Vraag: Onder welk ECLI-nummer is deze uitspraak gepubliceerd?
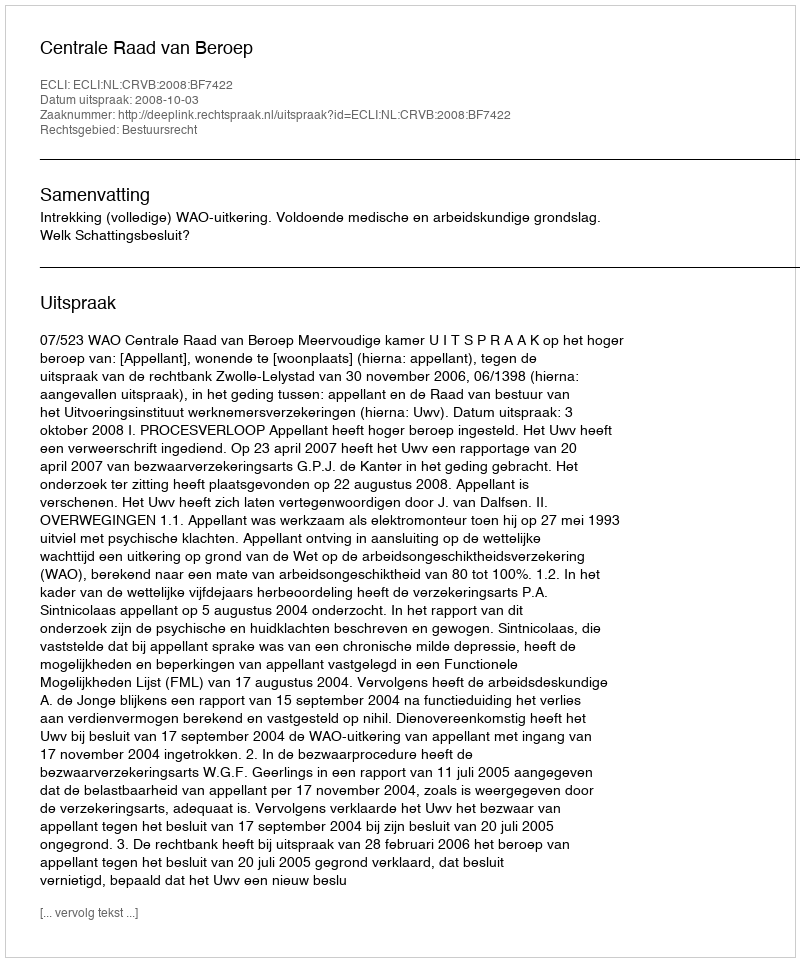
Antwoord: ECLI:NL:CRVB:2008:BF7422